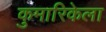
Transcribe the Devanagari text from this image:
कुमारिकेला